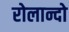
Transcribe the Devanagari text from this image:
रोलान्दो